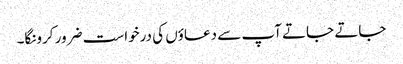
جاتے جاتے آپ سے دعاؤں کی درخواست ضرور کرونگا۔